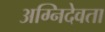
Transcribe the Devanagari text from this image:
अग्निदेवता